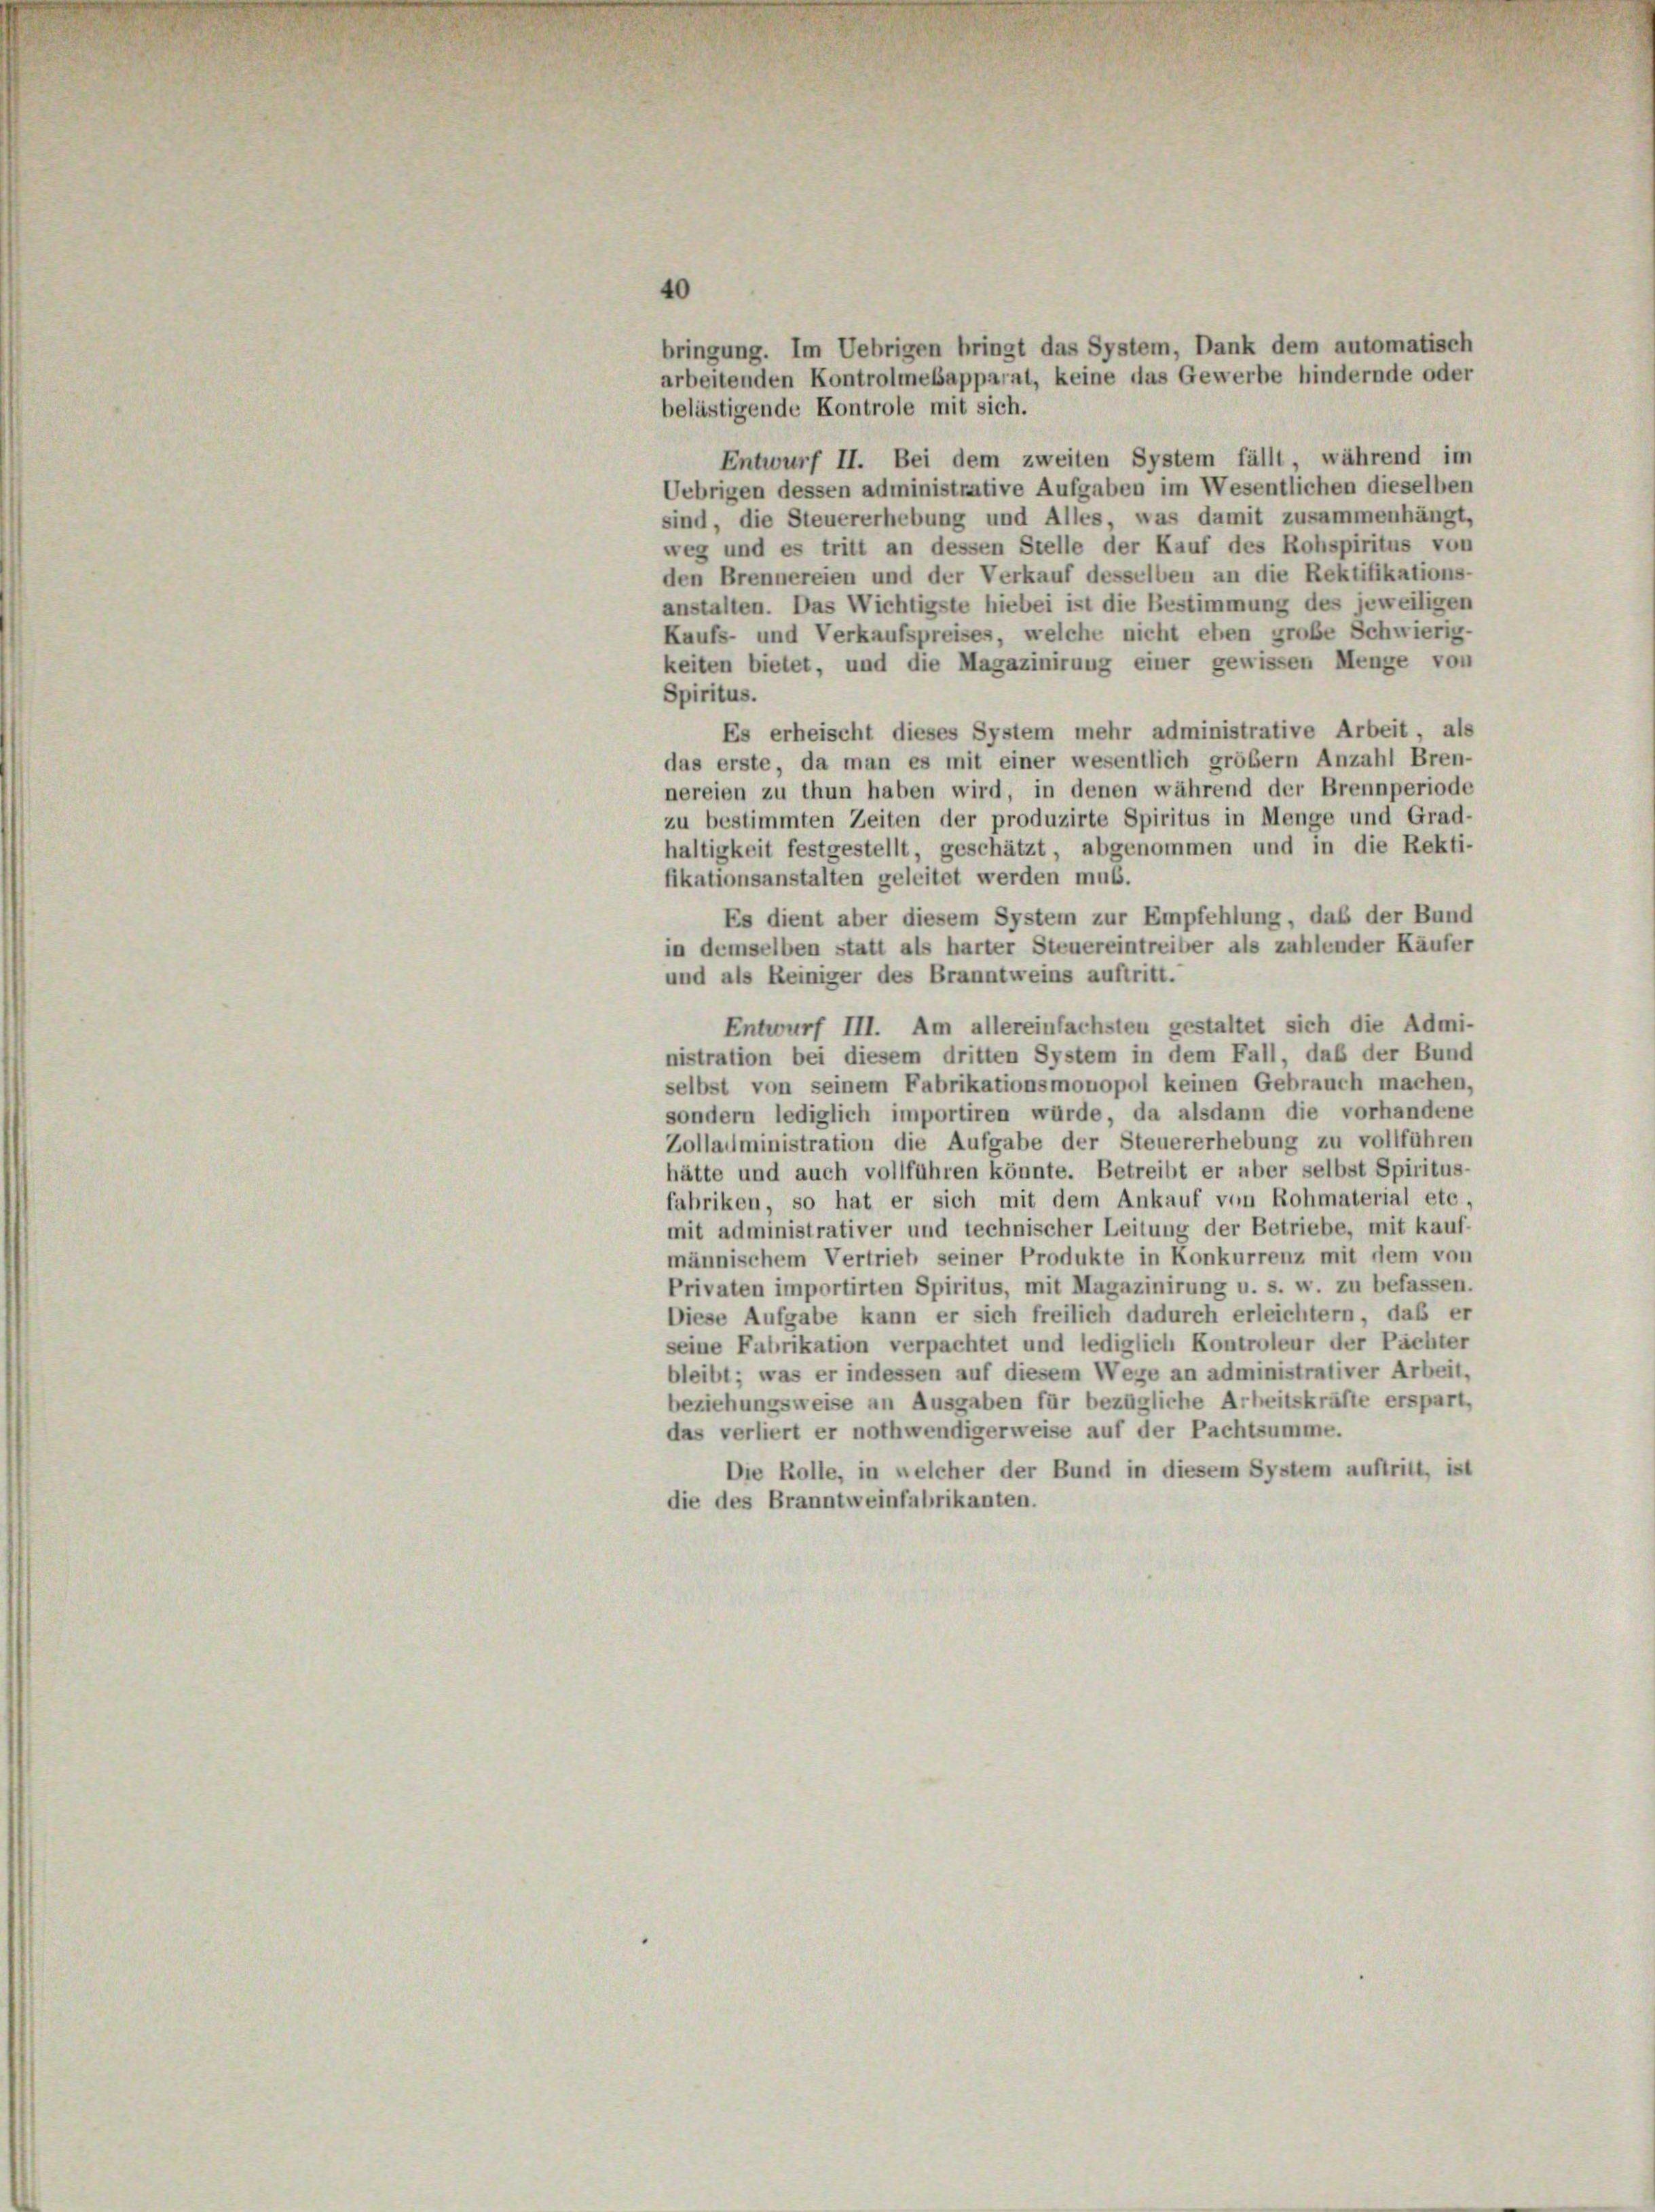
bringung. Im Uebrigen bringt das System, Dank dem automatisch
arbeitenden Kontrolmebapparat, keine das Gewerbe hindernde oder
belästigende Kontrole mit sich.
Entwurf II. Bei dem zweiten System fällt, während im
Uebrigen dessen administrative Aufgaben im Wesentlichen dieselben
sind, die Steuererhebung und Alles, was damit zusammenhängt,
weg und es tritt an dessen Stelle der Kauf des Rohspiritus von
den Brennereien und der Verkauf desselben an die Rektifikations-
anstalten. Das Wichtigste hiebei ist die Bestimmung des jeweiligen
Kaufs- und Verkaufspreises, welche nicht eben große Schwierig-
keiten bietet, und die Magazinirung einer gewissen Menge von
Spiritus.
Es erheischt dieses System mehr administrative Arbeit, als
das erste, da man es mit einer wesentlich größer Anzahl Bren-
nereien zu thun haben wird, in denen während der Brennperiode
zu bestimmten Zeiten der produzirte Spiritus in Menge und Grad-
haltigkeit festgestellt, geschätzt, abgenommen und in die Rekti-
fikationsanstalten geleitet werden muß.
Es dient aber diesem System zur Empfehlung, daß der Bund
in demselben statt als harter Steuereintreiber als zahlender Käufer
und als Reiniger des Branntweins auftritt.
Entwurf III. Am allereinfachsten gestaltet sich die Admi-
nistration bei diesem dritten System in dem Fall, daß der Bund
selbst von seinem Fabrikationsmonopol keinen Gebrauch machen,
sondern lediglich importiren würde, da alsdann die vorhandene
Zollauministration die Aufgabe der Steuererhebung zu vollführen
hätte und auch vollführen könnte. Betreibt er aber selbst Spiritus-
fabriken, so hat er sich mit dem Ankauf von Rohmaterial etc,
mit administrativer und technischer Leitung der Betriebe, mit kauf-
männischem Vertrieb seiner Produkte in Konkurrenz mit dem von
Privaten importirten Spiritus, mit Magazinirung u. s. w. zu befassen.
Diese Aufgabe kann er sich freilich dadurch erleichtern, daß er
seine Fabrikation verpachtet und lediglich Kontroleur der Pächter
bleibt; was er indessen auf diesem Wege an administrativer Arbeit,
beziehungsweise an Ausgaben für bezügliche Arbeitskräfte erspart,
das verliert er nothwendigerweise auf der Pachtsumme.
Die Rolle, in welcher der Bund in diesem System auftritt, ist
die des Branntweinfabrikanten.